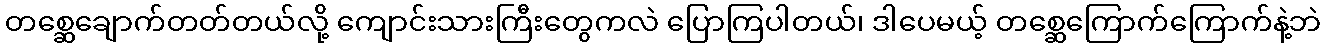
တစ္ဆေချောက်တတ်တယ်လို့ ကျောင်းသားကြီးတွေကလဲ ပြောကြပါတယ်၊ ဒါပေမယ့် တစ္ဆေကြောက်ကြောက်နဲ့ဘဲ